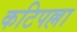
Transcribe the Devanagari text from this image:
कटिपल्ला